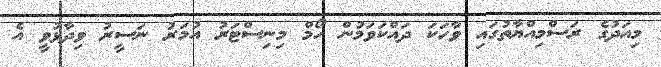
މިއަދުގެ ރަސްމިއްޔާތުގައި ވާހަކަ ދައްކަވަމުން ހޯމް މިނިސްޓަރު އުމަރު ނަސީރު ވިދާޅުވީ އެ